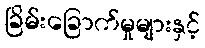
ခြိမ်းခြောက်မှုများနှင့်